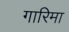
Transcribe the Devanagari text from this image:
गारिमा